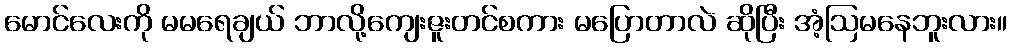
မောင်လေးကို မမရေချယ် ဘာလို့ကျေးဇူးတင်စကား မပြောတာလဲ ဆိုပြီး အံ့ဩမနေဘူးလား။